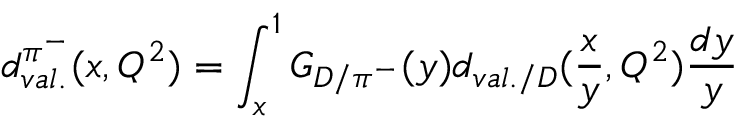
d _ { v a l . } ^ { \pi ^ { - } } ( x , Q ^ { 2 } ) = \int _ { x } ^ { 1 } G _ { D / \pi ^ { - } } ( y ) d _ { v a l . / D } ( \frac { x } { y } , Q ^ { 2 } ) \frac { d y } { y }